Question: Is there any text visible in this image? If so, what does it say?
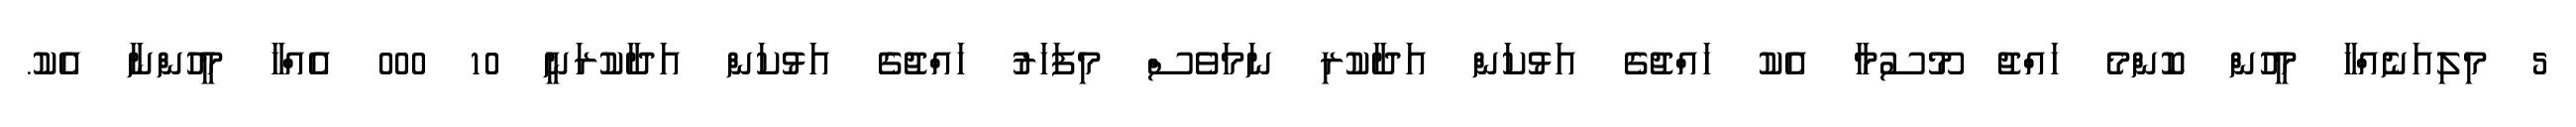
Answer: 5 މިލިއަނެއްހާ މީހުން ކޮންމެ ހައްޖު މޫސުމާ އެކު ހައްޖުގެ އަޅުކަން އަދާކުރި ނަމަވެސް މިފަހަރު ހައްޖުގެ އަޅުކަން އަދާކުރަނީ 10 000 އެއްހާ މީހުންނާ އެކު.